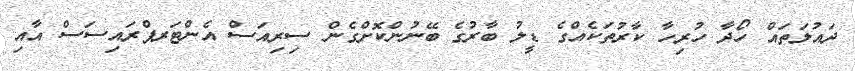
ދައުލަތައް ހޯދާ ހުރިހާ ކާރުތަކެއްގެ ޑީލު ބާރުގެ ބޭނުންކޮށްގެން ސިރިއަސް އެންޓަރޕްރައިސަސް އާއި